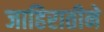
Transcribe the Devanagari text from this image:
जाहिरातीने